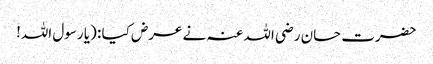
حضرت حسان رضی اللہ عنہ نے عرض کیا : (یا رسول اللہ!